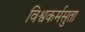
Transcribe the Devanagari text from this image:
विश्वकर्मसुता